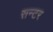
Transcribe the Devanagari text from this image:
सन्टर